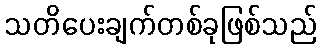
သတိပေးချက်တစ်ခုဖြစ်သည်